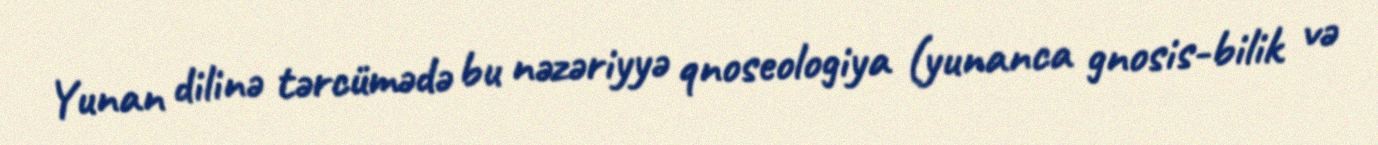
Yunan dilinə tərcümədə bu nəzəriyyə qnoseologiya (yunanca gnosis-bilik və